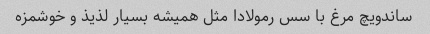
ساندویچ مرغ با سس رمولادا مثل همیشه بسیار لذیذ و خوشمزه